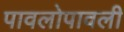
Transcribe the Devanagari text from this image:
पावलोपावली